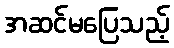
အဆင်မပြေသည့်